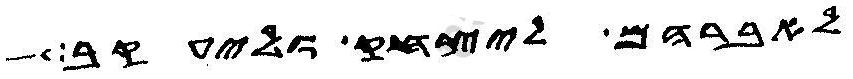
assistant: לאברהם ליצחק וליעקב